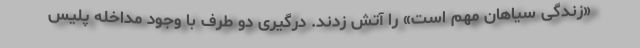
«زندگی سیاهان مهم است» را آتش زدند. درگیری دو طرف با وجود مداخله پلیس